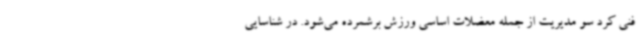
فنی کرد سو مدیریت از جمله معضلات اساسی ورزش برشمرده می‌شود. در شناسایی